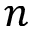
n